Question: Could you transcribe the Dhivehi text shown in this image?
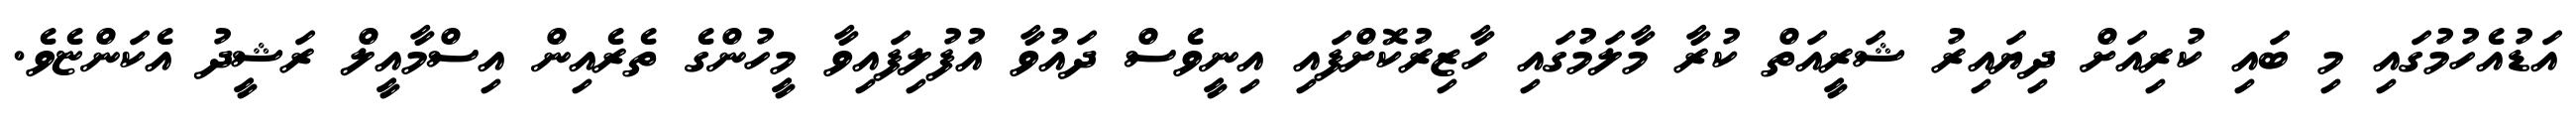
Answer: އަޑުއެހުމުގައި މި ބައި ކުރިއަށް ދިޔައިރު ޝަރީއަތް ކުރާ މާލަމުގައި ހާޒިރުކޮށްފައި އިނީވެސް ދައުވާ އުފުލިފައިވާ މީހުންގެ ތެރެއިން އިސްމާއީލް ރަޝީދު އެކަންޏެވެ.